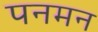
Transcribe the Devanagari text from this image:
पनमन